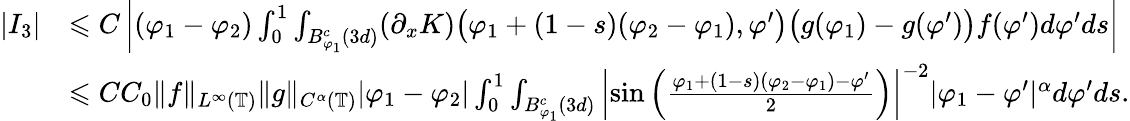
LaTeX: \begin{array}{rl}{|I_{3}|}&{\leqslant C\left|(\varphi_{1}-\varphi_{2})\int_{0}^{1}\int_{B_{\varphi_{1}}^{c}(3d)}(\partial_{x}K)\big(\varphi_{1}+(1-s)(\varphi_{2}-\varphi_{1}),\varphi^{\prime}\big)\big(g(\varphi_{1})-g(\varphi^{\prime})\big)f(\varphi^{\prime})d\varphi^{\prime}ds\right|}\\ &{\leqslant CC_{0}\| f\| _{L^{\infty}(\mathbb{T})}\| g\| _{C^{\alpha}(\mathbb{T})}|\varphi_{1}-\varphi_{2}|\int_{0}^{1}\int_{B_{\varphi_{1}}^{c}(3d)}\left|\sin\left(\frac{\varphi_{1}+(1-s)(\varphi_{2}-\varphi_{1})-\varphi^{\prime}}{2}\right)\right|^{-2}|\varphi_{1}-\varphi^{\prime}|^{\alpha}d\varphi^{\prime}ds.}\end{array}